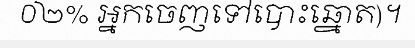
០២% អ្នកចេញទៅបោះឆ្នោត)។